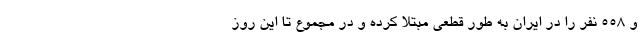
و ۵۵۸ نفر را در ایران به طور قطعی مبتلا کرده و در مجموع تا این روز